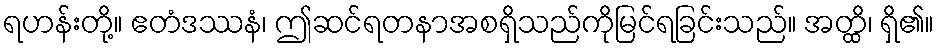
ရဟန်းတို့။ ဧတံဒဿနံ၊ ဤဆင်ရတနာအစရှိသည်ကိုမြင်ရခြင်းသည်။ အတ္ထိ၊ ရှိ၏။